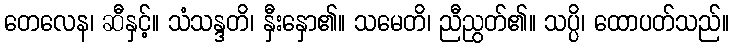
တေလေန၊ ဆီနှင့်။ သံသန္ဒတိ၊ နှီးနှော၏။ သမေတိ၊ ညီညွတ်၏။ သပ္ပိ၊ ထောပတ်သည်။